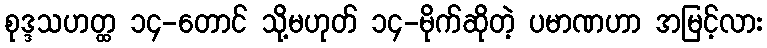
စုဒ္ဒသဟတ္ထ ၁၄-တောင် သို့မဟုတ် ၁၄-မိုက်ဆိုတဲ့ ပမာဏဟာ အမြင့်လား